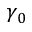
\gamma _ { 0 }